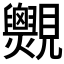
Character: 𧢨